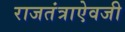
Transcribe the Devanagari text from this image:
राजतंत्राऐवजी